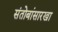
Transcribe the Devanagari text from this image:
संतोबांसारखा